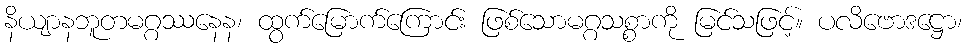
နိယျာနဘူတမဂ္ဂဿနေန၊ ထွက်မြောက်ကြောင်း ဖြစ်သောမဂ္ဂသစ္စာကို မြင်သဖြင့်။ ပလိဗောဒဋ္ဌော၊